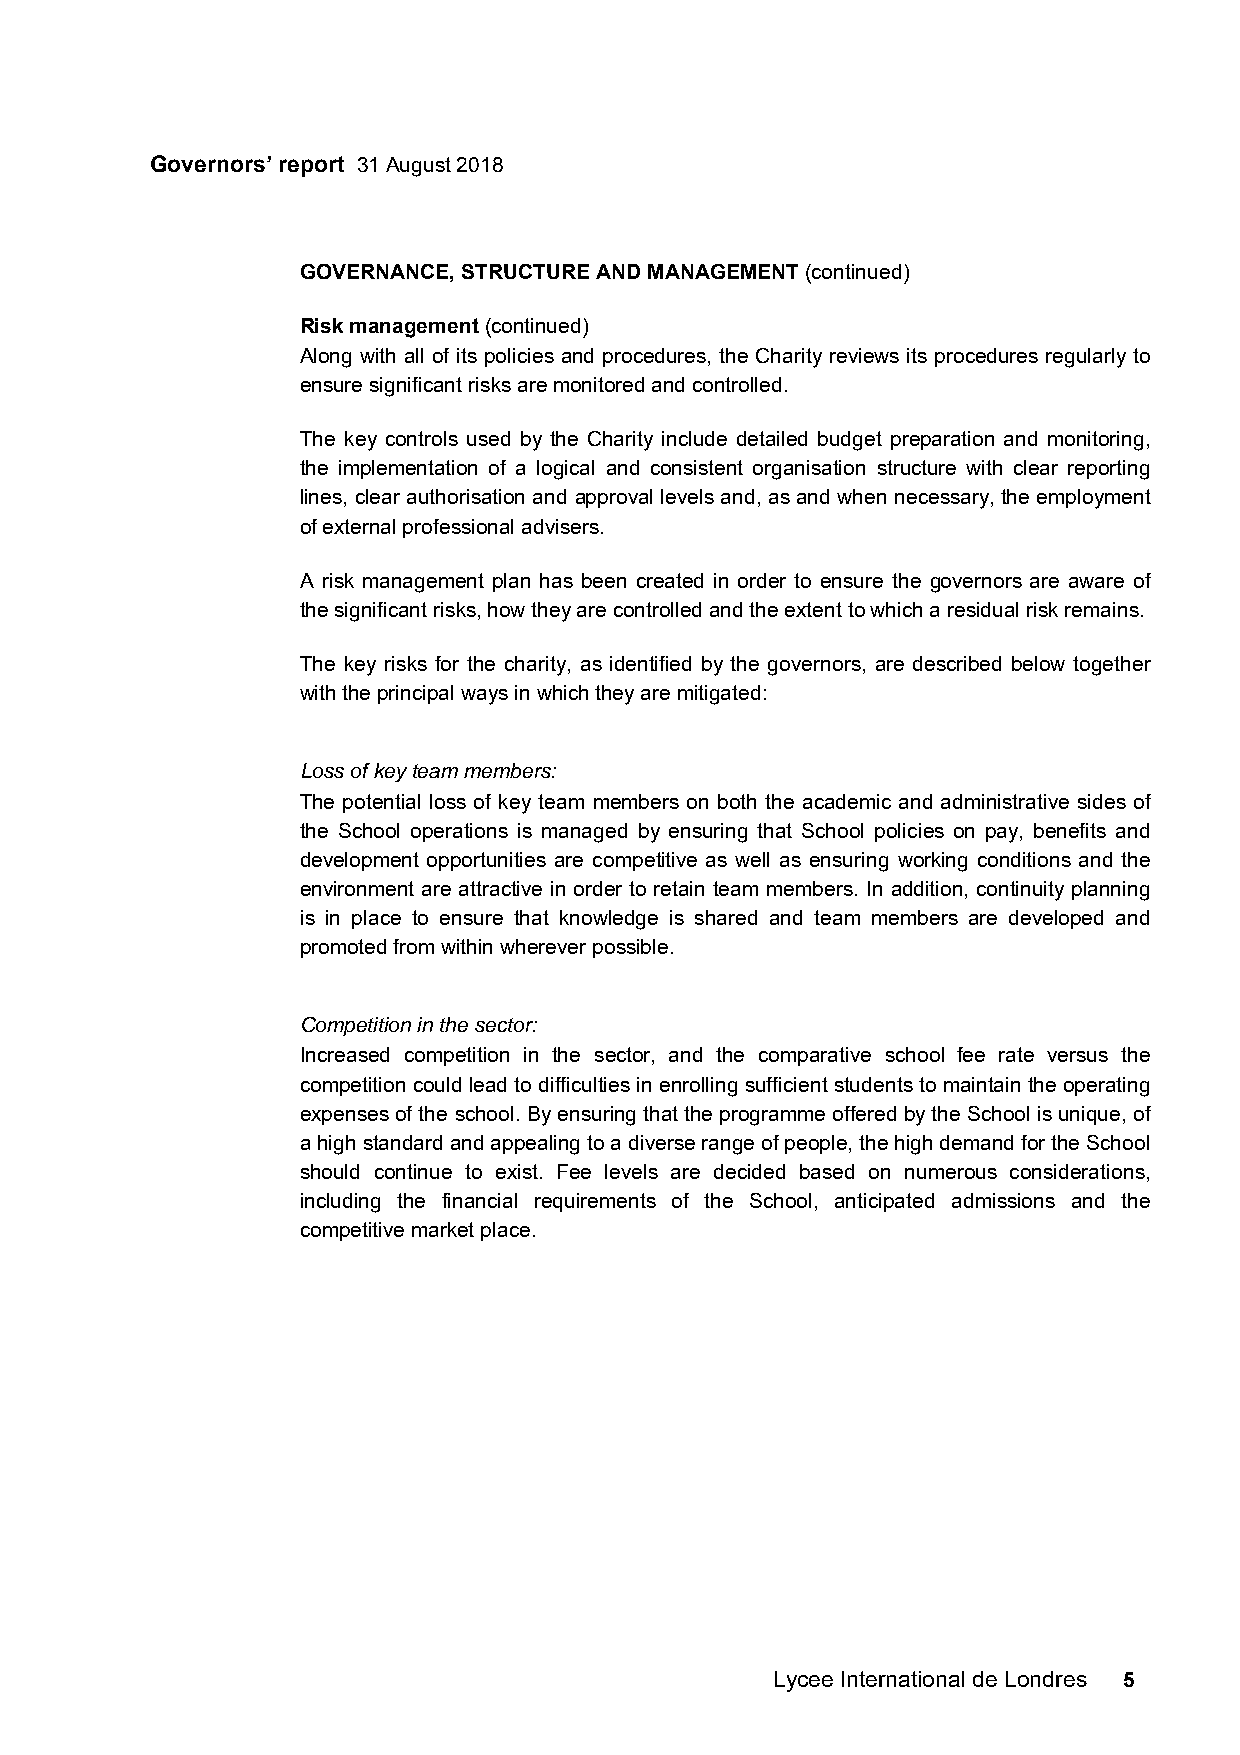
Governors’ report 31 August 2018
 GOVERNANCE, STRUCTURE AND MANAGEMENT (continued)
 Risk management (continued)
 Along with all of its policies and procedures, the Charity reviews its procedures regularly to
 ensure significant risks are monitored and controlled.
 The key controls used by the Charity include detailed budget preparation and monitoring,
 the implementation of a logical and consistent organisation structure with clear reporting
 lines, clear authorisation and approval levels and, as and when necessary, the employment
 of external professional advisers.
 A risk management plan has been created in order to ensure the governors are aware of
 the significant risks, how they are controlled and the extent to which a residual risk remains.
 The key risks for the charity, as identified by the governors, are described below together
 with the principal ways in which they are mitigated:
 Loss of key team members:
 The potential loss of key team members on both the academic and administrative sides of
 the School operations is managed by ensuring that School policies on pay, benefits and
 development opportunities are competitive as well as ensuring working conditions and the
 environment are attractive in order to retain team members. In addition, continuity planning
 is in place to ensure that knowledge is shared and team members are developed and
 promoted from within wherever possible.
 Competition in the sector:
 Increased competition in the sector, and the comparative school fee rate versus the
 competition could lead to difficulties in enrolling sufficient students to maintain the operating
 expenses of the school. By ensuring that the programme offered by the School is unique, of
 a high standard and appealing to a diverse range of people, the high demand for the School
 should continue to exist. Fee levels are decided based on numerous considerations,
 including the financial requirements of the School, anticipated admissions and the
 competitive market place.
 Lycee International de Londres 5